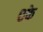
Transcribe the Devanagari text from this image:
०के